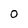
Character: 0